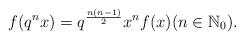
LaTeX: \begin{align*} f(q^nx)= q^{\frac{n(n-1)}{2}} x^n f(x)(n\in \mathbb{N}_0). \end{align*}